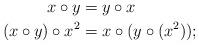
LaTeX: \begin{align*} x\circ y&=y\circ x\\ (x\circ y)\circ x^2&=x\circ (y \circ(x^2));\end{align*}